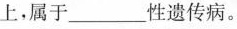
上，属于___性遗传病。